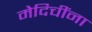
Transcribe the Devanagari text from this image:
मेदिचींना